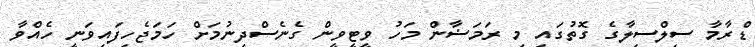
ޑްރާމާ ސިލްސިލާގެ ގޮތުގައި މި ރަމަޟާން މަހު ވީޓީވީން ގެނެސްދިނުމަށް ހަމަޖެހިފައިވަނީ ހެއްވާ